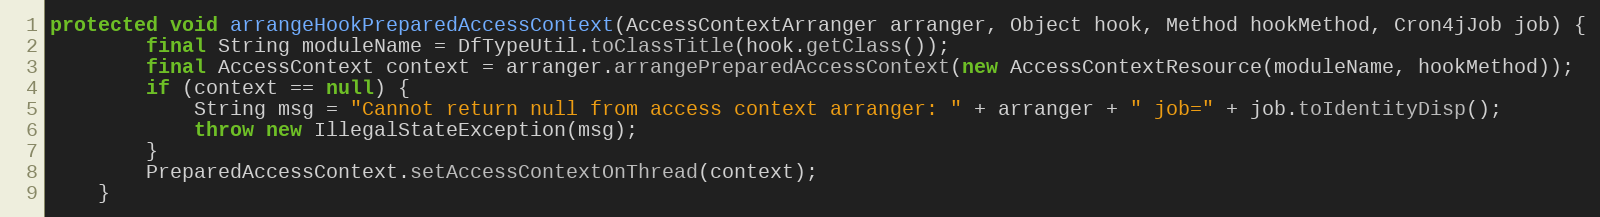
Language: Java
protected void arrangeHookPreparedAccessContext(AccessContextArranger arranger, Object hook, Method hookMethod, Cron4jJob job) {
        final String moduleName = DfTypeUtil.toClassTitle(hook.getClass());
        final AccessContext context = arranger.arrangePreparedAccessContext(new AccessContextResource(moduleName, hookMethod));
        if (context == null) {
            String msg = "Cannot return null from access context arranger: " + arranger + " job=" + job.toIdentityDisp();
            throw new IllegalStateException(msg);
        }
        PreparedAccessContext.setAccessContextOnThread(context);
    }